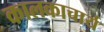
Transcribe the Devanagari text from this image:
कालकाचार्य